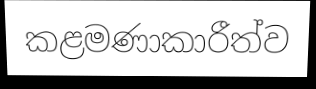
කළමණාකාරීත්ව